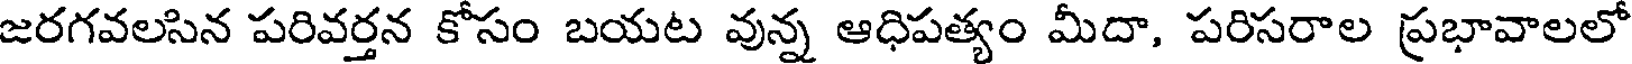
జరగవలసిన పరివర్తన కోసం బయట వున్న ఆధిపత్యం మీదా, పరిసరాల ప్రభావాలలో